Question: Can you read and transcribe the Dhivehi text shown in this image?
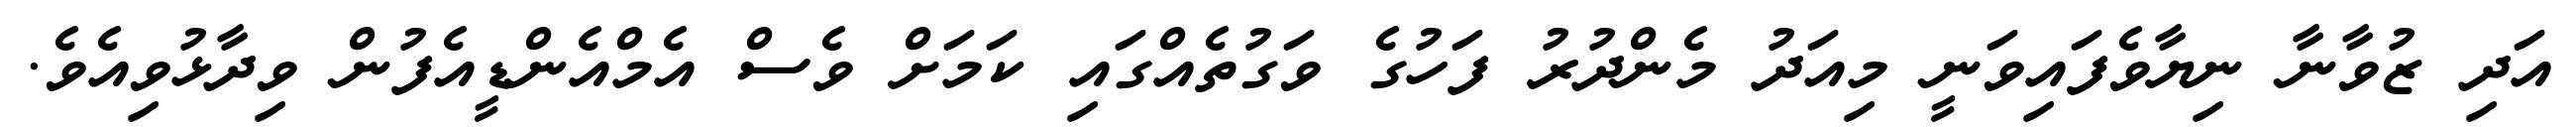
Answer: އަދި ޒުވާނާ ނިޔާވެފައިވަނީ މިއަދު މެންދުރު ފަހުގެ ވަގުތެއްގައި ކަމަށް ވެސް އެމްއެންޑީއެފުން ވިދާޅުވިއެވެ.